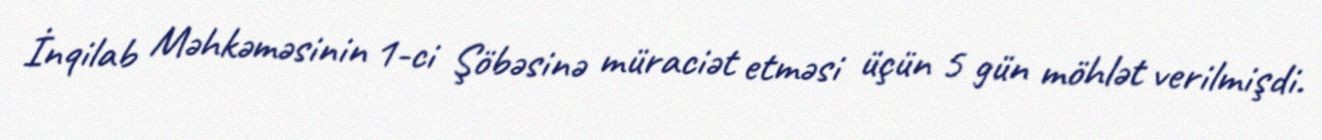
İnqilab Məhkəməsinin 1-ci Şöbəsinə müraciət etməsi üçün 5 gün möhlət verilmişdi.